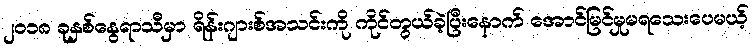
၂၀၁၈ ခုနှစ်နွေရာသီမှာ ရိန်းဂျားစ်အသင်းကို ကိုင်တွယ်ခဲ့ပြီးနောက် အောင်မြင်မှုမရသေးပေမယ့်